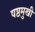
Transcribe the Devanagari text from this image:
षष्ठमुखी